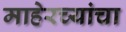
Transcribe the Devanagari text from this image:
माहेरच्यांचा